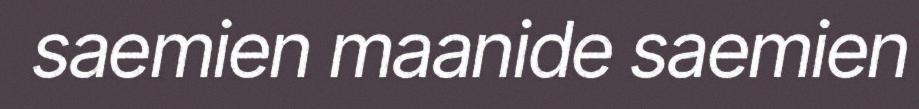
saemien maanide saemien